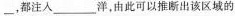
___都注入___洋，由此可以推断出该区域的